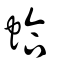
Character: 蛤